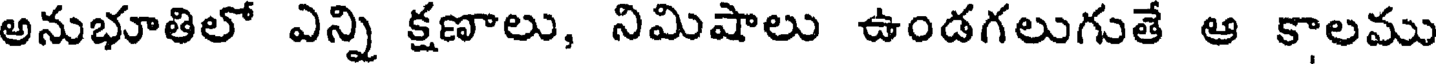
అనుభూతిలో ఎన్ని క్షణాలు, నిమిషాలు ఉండగలుగుతే ఆ కాలము